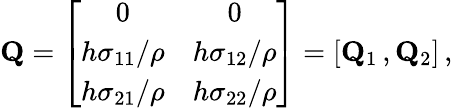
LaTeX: \begin{array}{r}{{\mathbf Q}=\left[\begin{array}{cc}{0}&{0}\\ {h\sigma_{11}/\rho}&{h\sigma_{12}/\rho}\\ {h\sigma_{21}/\rho}&{h\sigma_{22}/\rho}\end{array}\right]=[{\mathbf Q}_{1}\, ,{\mathbf Q}_{2}]\, ,}\end{array}